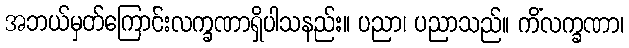
အဘယ်မှတ်ကြောင်းလက္ခဏာရှိပါသနည်း။ ပညာ၊ ပညာသည်။ ကိံလက္ခဏာ၊